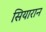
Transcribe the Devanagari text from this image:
सियारान